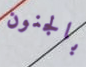
بالجنون